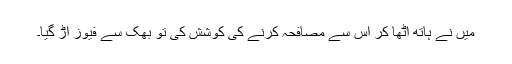
میں نے ہاتھ اٹھا کر اس سے مصافحہ کرنے کی کوشش کی تو بھک سے فیوز اڑ گیا۔